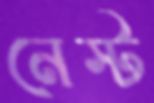
নেস্ট